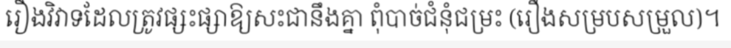
រឿងវិវាទដែលត្រូវផ្សះផ្សាឱ្យសះជានឹងគ្នា ពុំបាច់ជំនុំជម្រះ (រឿងសម្របសម្រួល)។